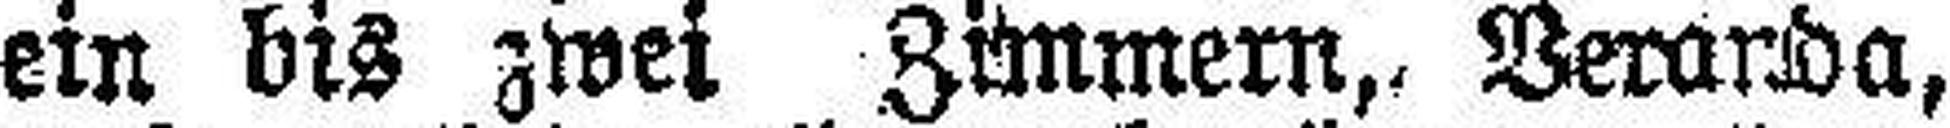
ein bis zwei Zimmern, Veranda,